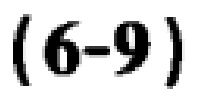
\((6 - 9)\)